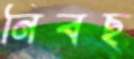
নিবছ